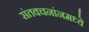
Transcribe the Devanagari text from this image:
संतवचनांनमध्ये